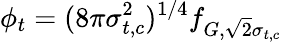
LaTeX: \phi_{t}=(8\pi\sigma_{t,c}^{2})^{1/4}f_{G,\sqrt{2}\sigma_{t,c}}